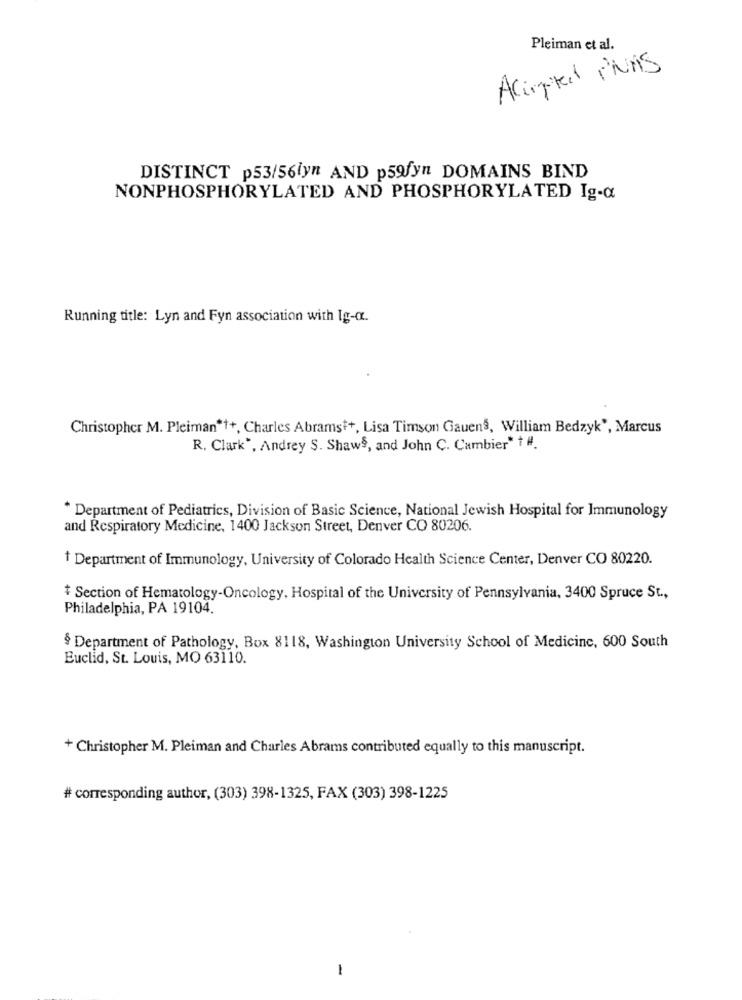
Pleiman et al.
Acimated PNAS
DISTINCT p53/56lyn AND p59fyn DOMAINS BIND
NONPHOSPHORYLATED AND PHOSPHORYLATED Ig-a
Running title: Lyn and Fyn association with Ig-o.
Christopher M. Pleiman*++, Charles Abrams++, Lisa Timson Gauens, William Bedzyk', Marcus
R, Clark", Andrey S. Shaws, and John C. Cambier* + #
* Department of Pediatrics, Division of Basic Science, National Jewish Hospital for Immunology
and Respiratory Medicine, 1400 Jackson Street, Denver CO 80206.
Department of Immunology, University of Colorado Health Science Center, Denver CO 80220.
+ Section of Hematology-Oncology, Hospital of the University of Pennsylvania, 3400 Spruce St .,
Philadelphia, PA 19104.
§ Department of Pathology, Box 8118, Washington University School of Medicine, 600 South
Euclid, St. Louis, MO 63110.
+ Christopher M. Pleiman and Charles Abrams contributed equally to this manuscript.
# corresponding author, (303) 398-1325, FAX (303) 398-1225
-